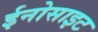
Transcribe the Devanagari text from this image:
ईनोसाइट